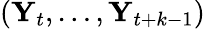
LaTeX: (\mathbf{Y}_{t},\dots,\mathbf{Y}_{t+k-1})